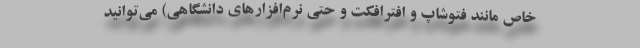
خاص مانند فتوشاپ و افترافکت و حتی نرم‌افزارهای دانشگاهی) می‌توانید